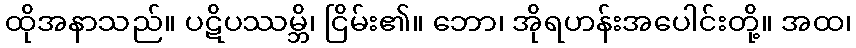
ထိုအနာသည်။ ပဋိပဿမ္ဘိ၊ ငြိမ်း၏။ ဘော၊ အိုရဟန်းအပေါင်းတို့။ အထ၊